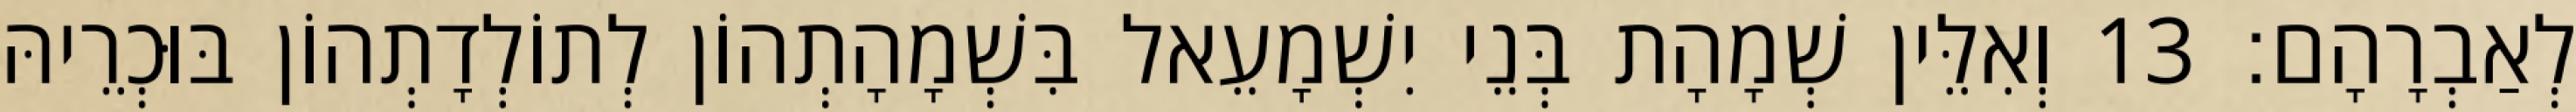
לְאַבְרָהָם׃ 13 וְאִלֵּין שְׁמָהָת בְּנֵי יִשְׁמָעֵאל בִּשְׁמָהָתְהוֹן לְתוֹלְדָתְהוֹן בּוּכְרֵיהּ